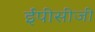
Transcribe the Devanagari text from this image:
ईपीसीजी